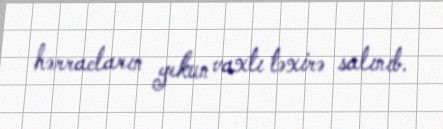
hərracların yekun vaxtı təxirə salınıb.